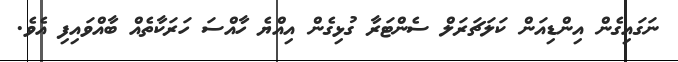
ނަގައިގެން އިންޑިއަން ކަލަޗަރަލް ސެންޓަރާ ގުޅިގެން އިއްޔެ ހާއްސަ ހަރަކާތެއް ބާއްވައިފި އެވެ.